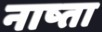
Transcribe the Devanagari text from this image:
नाष्ता